65_HS1-834228961_62-HQ-83894_Section_9
Agency: FBI
Page 112
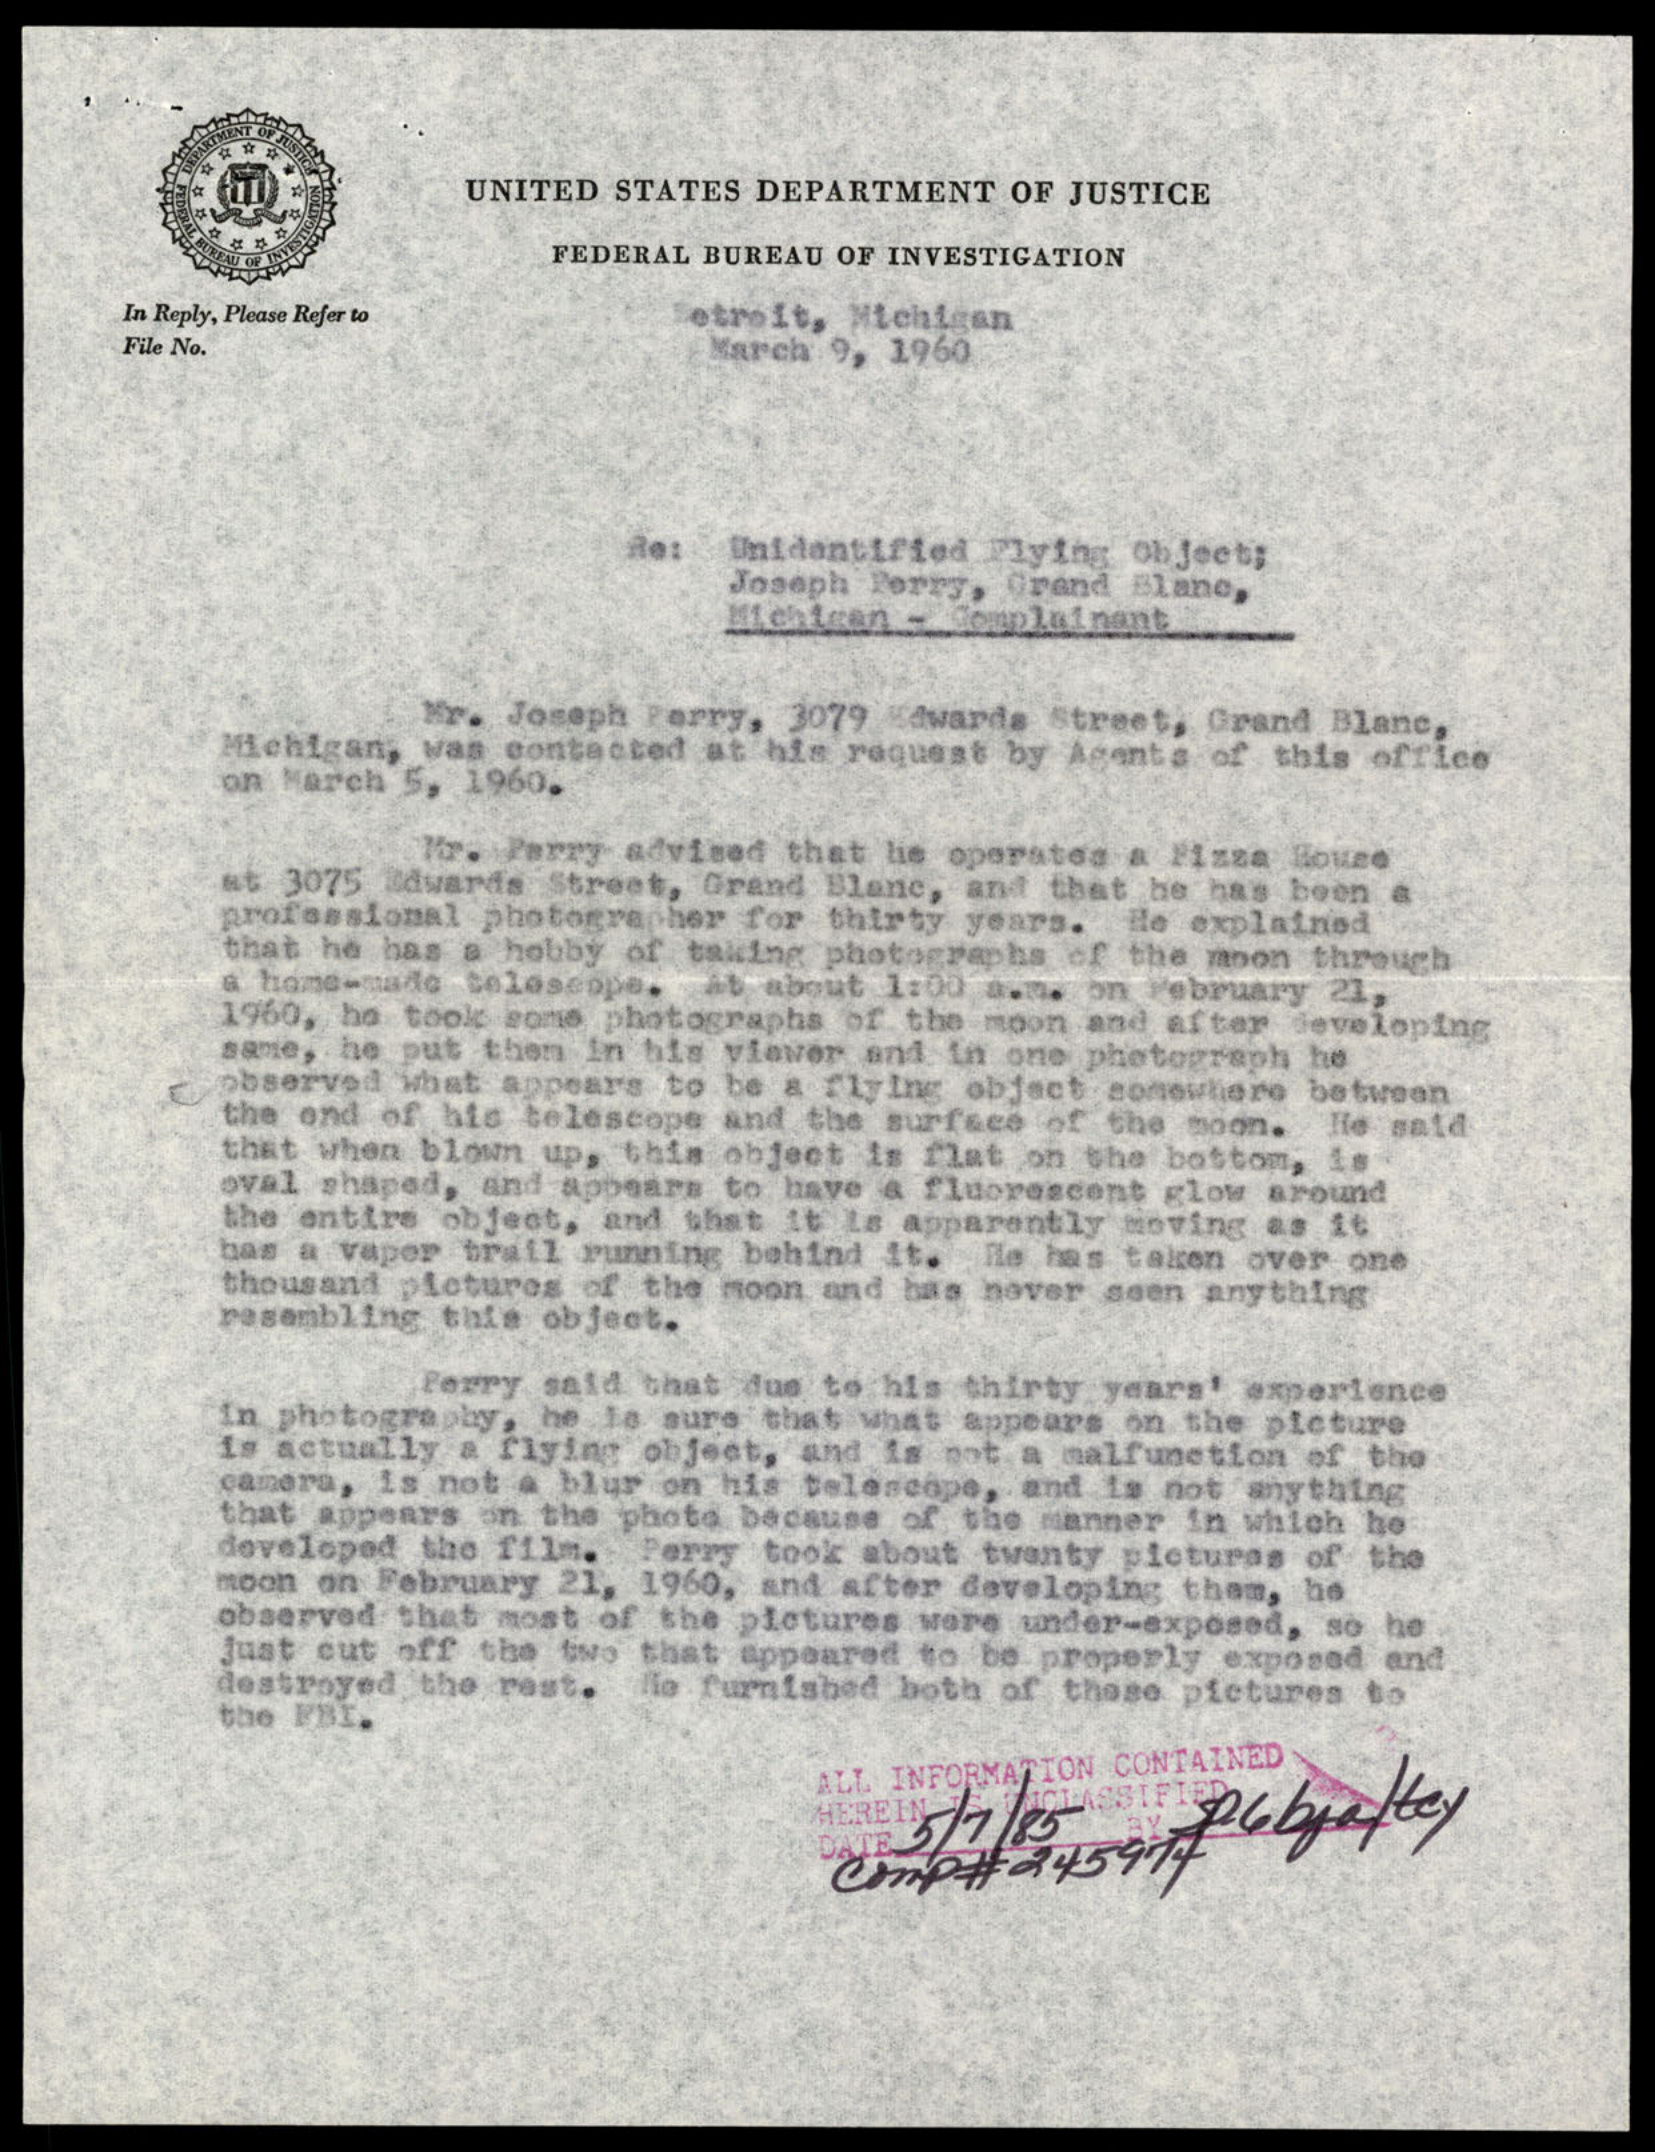